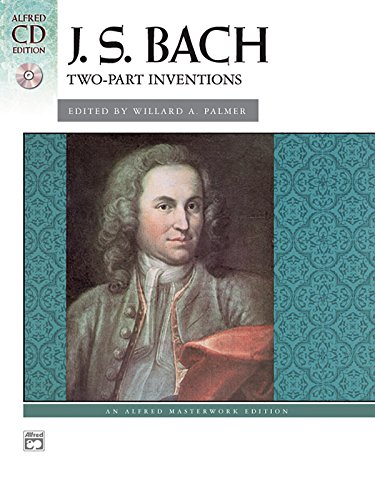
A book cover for J. S. Bach: Two-Part Inventions (Book & CD) (Alfred Masterworks Edition: CD Edition); J. S. Bach; Humor & Entertainment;